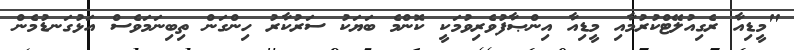
"މީޑިއާ ރެގިއުލޭޓްކުރުމާއި މީޑިއާ އިންޞާފުވެރިވުމަކީ ކޮންމެ ބަޔަކު ސަރުކާރު ހިންގަން ތިބިނަމަވެސް އަޅުގަނޑުމެން